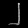
Digit: ၂